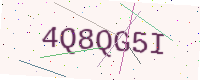
Text: 4Q8QG5I